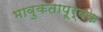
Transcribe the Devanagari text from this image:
भावुकतापूर्वक